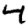
Digit: 4